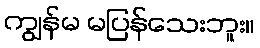
ကျွန်မ မပြန်သေးဘူး။